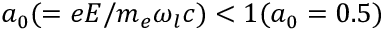
a _ { 0 } ( = e E / m _ { e } \omega _ { l } c ) < 1 ( a _ { 0 } = 0 . 5 )